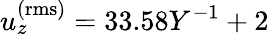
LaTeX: u_{z}^{\mathrm{(rms)}}=33.58Y^{-1}+2